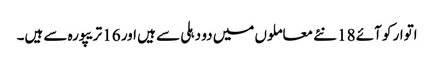
اتوار کو آئے 18 نئے معاملوں میں دو دہلی سے ہیں اور 16 تریپورہ سے ہیں۔